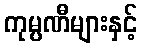
ကုမ္ပဏီများနှင့်